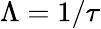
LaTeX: \Lambda=1/\tau